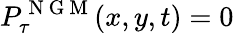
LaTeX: P_{\tau}^{\mathrm{~N~G~M~}}(x,y,t)=0